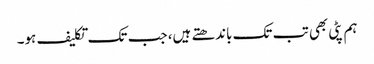
ہم پٹی بھی تب تک باندھتے ہیں، جب تک تکلیف ہو۔